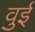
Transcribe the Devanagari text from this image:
वुई